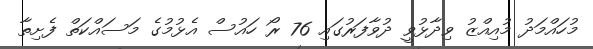
މުހައްމަދު މުއިއްޒު ވިދާޅުވީ ދުވާފަރުގައި 76 ރޯ ހައުސް އެޅުމުގެ މަސައްކަތް ފެށިތާ